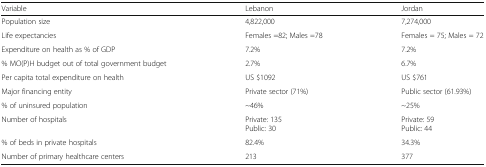
<table><thead><tr><td><b>Variable</b></td><td><b>Lebanon</b></td><td><b>Jordan</b></td></tr></thead><tbody><tr><td>Population size</td><td>4,822,000</td><td>7,274,000</td></tr><tr><td>Life expectancies</td><td>Females =82; Males =78</td><td>Females = 75; Males = 72</td></tr><tr><td>Expenditure on health as % of GDP</td><td>7.2%</td><td>7.2%</td></tr><tr><td>% MO(P)H budget out of total government budget</td><td>2.7%</td><td>6.7%</td></tr><tr><td>Per capita total expenditure on health</td><td>US $1092</td><td>US $761</td></tr><tr><td>Major financing entity</td><td>Private sector (71%)</td><td>Public sector (61.93%)</td></tr><tr><td>% of uninsured population</td><td>~46%</td><td>~25%</td></tr><tr><td>Number of hospitals</td><td>Private: 135Public: 30</td><td>Private: 59Public: 44</td></tr><tr><td>% of beds in private hospitals</td><td>82.4%</td><td>34.3%</td></tr><tr><td>Number of primary healthcare centers</td><td>213</td><td>377</td></tr></tbody></table>